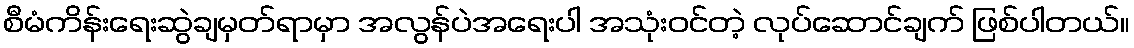
စီမံကိန်းရေးဆွဲချမှတ်ရာမှာ အလွန်ပဲအရေးပါ အသုံးဝင်တဲ့ လုပ်ဆောင်ချက် ဖြစ်ပါတယ်။